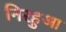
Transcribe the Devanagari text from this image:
निरहुआ